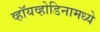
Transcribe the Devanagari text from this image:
व्हॉयव्होडिनामध्ये